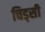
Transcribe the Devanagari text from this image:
चिड्सी